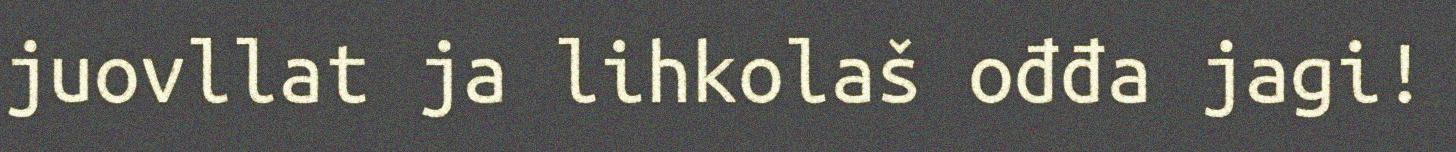
juovllat ja lihkolaš ođđa jagi!